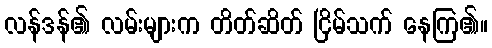
လန်ဒန်၏ လမ်းများက တိတ်ဆိတ် ငြိမ်သက် နေကြ၏။